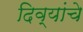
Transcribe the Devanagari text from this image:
दिव्यांचे